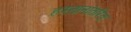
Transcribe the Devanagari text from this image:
हस्तानांतरित